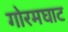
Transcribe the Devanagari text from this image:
गोरमघाट